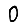
Digit: 0